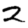
Digit: 2